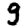
Digit: 9